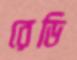
রেডি